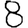
Digit: 8